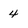
Character: 4